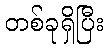
တစ်ခုရှိပြီး